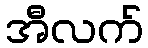
အီလက်